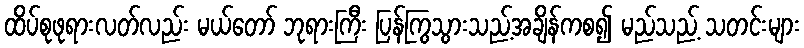
ထိပ်စုဖုရားလတ်လည်း မယ်တော် ဘုရားကြီး ပြန်ကြွသွားသည့်အချိန်ကစ၍ မည်သည့် သတင်းများ